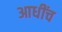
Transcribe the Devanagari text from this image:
आधींच